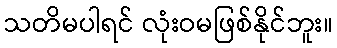
သတိမပါရင် လုံးဝမဖြစ်နိုင်ဘူး။